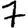
Digit: 7